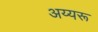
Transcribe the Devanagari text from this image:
अय्यरू